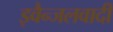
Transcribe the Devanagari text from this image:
इवैन्जलवादी